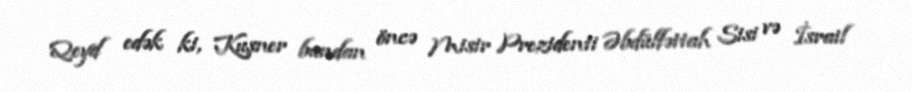
Qeyd edək ki, Kuşner bundan öncə Misir Prezidenti Əbdülfəttah Sisi və İsrail